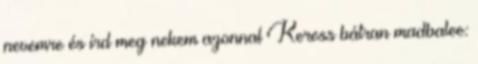
nevemre és írd meg nekem azonnal Keress bátran madbalee: